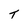
Character: t